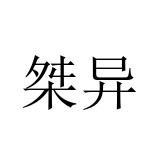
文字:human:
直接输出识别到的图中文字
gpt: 桀异